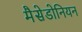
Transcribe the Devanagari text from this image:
मैसेडोनियन